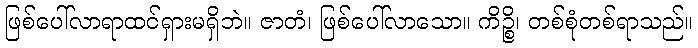
ဖြစ်ပေါ်လာရာထင်ရှားမရှိဘဲ။ ဇာတံ၊ ဖြစ်ပေါ်လာသော။ ကိဉ္စိ၊ တစ်စုံတစ်ရာသည်။